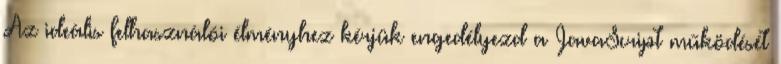
Az ideális felhasználói élményhez kérjük engedélyezd a JavaScript működését